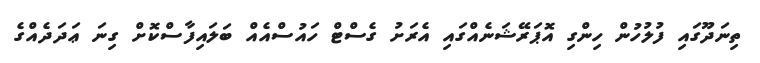
ތިނަދޫގައި ފުލުހުން ހިންގި އޮޕަރޭޝަނެއްގައި އެރަށު ގެސްޓް ހައުސްއެއް ބަލައިފާސްކޮށް ގިނަ ޢަދަދެއްގެ